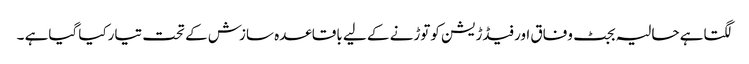
لگتاہے حالیہ بجٹ وفاق اورفیڈڑیشن کوتوڑنے کے لیے باقاعدہ سازش کے تحت تیارکیا گیاہے ۔